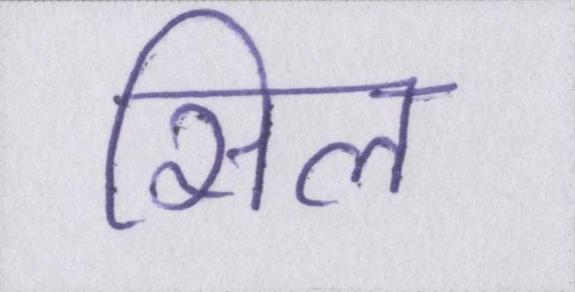
सिल